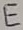
Text: E